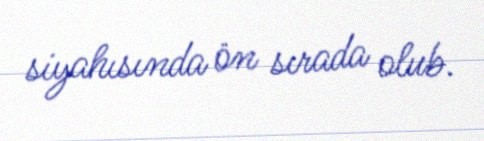
siyahısında ön sırada olub.